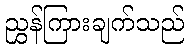
ညွှန်ကြားချက်သည်